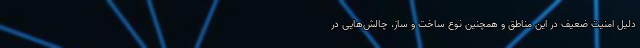
دلیل امنیت ضعیف در این مناطق و همچنین نوع ساخت و ساز، چالش‌هایی در